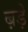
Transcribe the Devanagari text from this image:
ब़ड़े